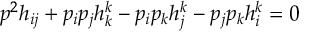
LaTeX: p ^ { 2 } h _ { i j } + p _ { i } p _ { j } h _ { k } ^ { k } - p _ { i } p _ { k } h _ { j } ^ { k } - p _ { j } p _ { k } h _ { i } ^ { k } = 0